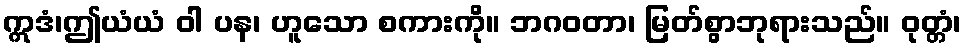
ဣဒံ၊ဤယံယံ ဝါ ပန၊ ဟူသော စကားကို။ ဘဂဝတာ၊ မြတ်စွာဘုရားသည်။ ဝုတ္တံ၊